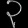
Digit: ၃